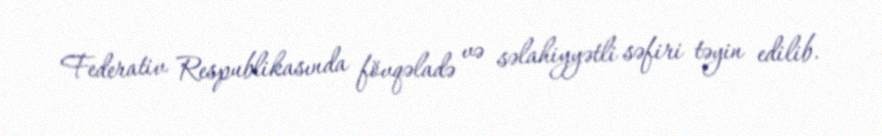
Federativ Respublikasında fövqəladə və səlahiyyətli səfiri təyin edilib.